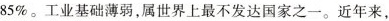
85%。工业基础薄弱，属世界上最不发达国家之一。近年来，